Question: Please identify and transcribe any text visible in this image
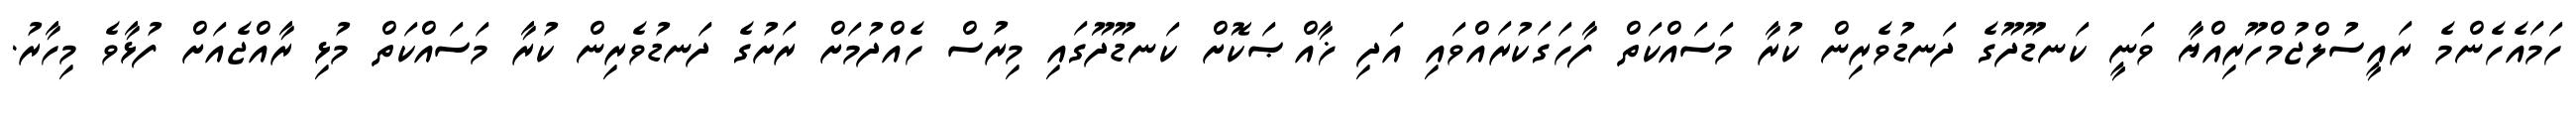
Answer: ހަމައެހެންމެ ރައީސުލްޖުމްހޫރިއްޔާ ވަނީ ކަނޑޫދޫގެ ދަނޑުވެރިން ކުރާ މަސައްކަތް ފާހަގަކުރައްވައި އަދި ޚާއްޞަކޮށް ކަނޑޫދޫގައި މިރުސް ހެއްދުމަށް ރަށުގެ ދަނޑުވެރިން ކުރާ މަސައްކަތް މުޅި ރާއްޖެއަށް ފުޅާވެ މިހާރު.